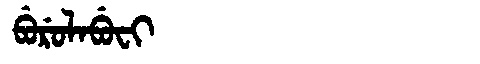
Manchu: ᠪᡠᡵᡠᠯᠠᠪᡠᠸᡳ
Romanization: BURULABUFI